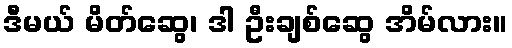
ဒီမယ် မိတ်ဆွေ၊ ဒါ ဦးချစ်ဆွေ အိမ်လား။